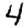
Digit: 4